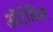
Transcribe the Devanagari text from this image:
ऑरोविल